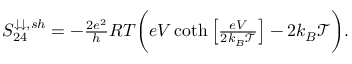
\begin{array} { r } { { S _ { 2 4 } ^ { \downarrow \downarrow , s h } } = { - \frac { 2 e ^ { 2 } } { h } R T \bigg ( e V \coth \left[ \frac { e V } { 2 k _ { B } \mathcal { T } } \right] - 2 k _ { B } \mathcal { T } \bigg ) } . } \end{array}